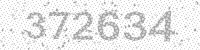
Solution: 372634